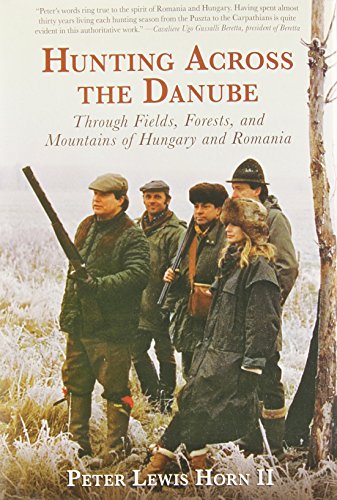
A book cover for Hunting Across the Danube: Through Fields, Forests, and Mountains of Hungary and Romania; Peter Lewis Horn II; Travel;